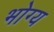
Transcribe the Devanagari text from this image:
भोग्‍य